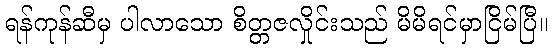
ရန်ကုန်ဆီမှ ပါလာသော စိတ္တဇလှိုင်းသည် မိမိရင်မှာငြိမ်ပြီ။